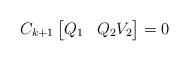
LaTeX: \begin{align*} C_{k+1}\begin{bmatrix} Q_1&Q_2V_2\end{bmatrix}=0 \end{align*}